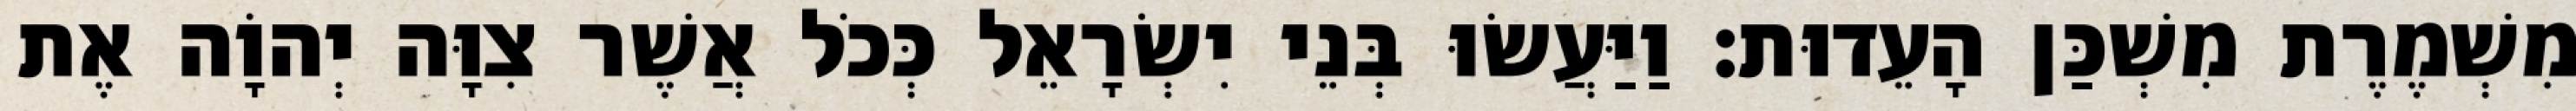
מִשְׁמֶרֶת מִשְׁכַּן הָעֵדוּת׃ וַיַּעֲשׂוּ בְּנֵי יִשְׂרָאֵל כְּכֹל אֲשֶׁר צִוָּה יְהוָֹה אֶת